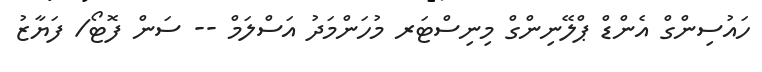
ހައުސިންގް އެންޑް ޕްލޭނިންގް މިނިސްޓަރ މުހަންމަދު އަސްލަމް -- ސަން ފޮޓޯ/ ފަޔާޒު